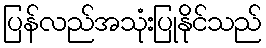
ပြန်လည်အသုံးပြုနိုင်သည်